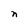
Character: n